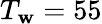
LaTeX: T_{\mathbf{w}}=55